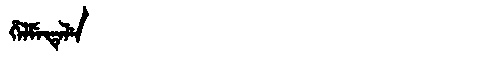
Manchu: ᡥᡝᠯᠮᡝᡨᡝᠯᡝ
Romanization: HELMETELE